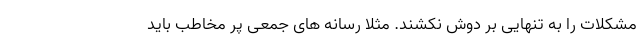
مشکلات را به تنهایی بر دوش نکشند. مثلا رسانه های جمعی پر مخاطب باید